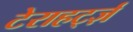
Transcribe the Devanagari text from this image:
टेराहर्ट्ज़